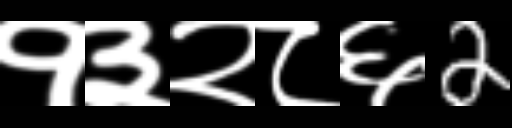
Text: १३२८६2